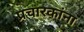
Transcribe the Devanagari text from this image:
प्रचारकांना